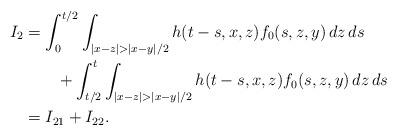
LaTeX: \begin{align*} \begin{aligned}I_2&=\int_0^{t/2}\int_{|x-z|>|x-y|/2} h(t-s,x,z) f_0(s,z,y)\,dz\,ds\\&\qquad+\int_{t/2}^t\int_{|x-z|>|x-y|/2} h(t-s,x,z) f_0(s,z,y)\,dz\,ds\\ &=I_{21}+I_{22}.\end{aligned}\end{align*}